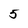
Character: 5